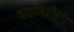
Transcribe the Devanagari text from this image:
वत्तर्मानो